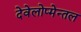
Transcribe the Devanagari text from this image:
देवेलोप्मेन्तल